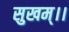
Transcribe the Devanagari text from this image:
सुखम्।।